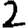
Digit: 2